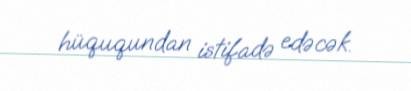
hüququndan istifadə edəcək.